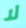
لا